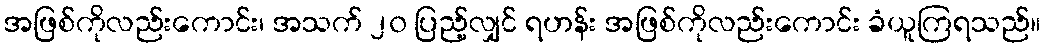
အဖြစ်ကိုလည်းကောင်း၊ အသက် ၂၀ ပြည့်လျှင် ရဟန်း အဖြစ်ကိုလည်းကောင်း ခံယူကြရသည်။